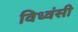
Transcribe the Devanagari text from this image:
विध्वंसी